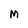
Character: M